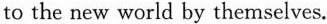
including computers，mobile Internet and social media from their children，according to a study from the